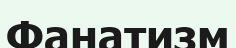
Фанатизм